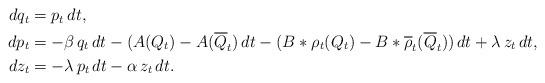
LaTeX: \begin{align*}\begin{aligned}dq_t&=p_t\,dt,\\dp_t&=-\beta\, q_t\,dt-(A(Q_t)-A(\overline{Q}_t)\,dt-(B\ast\rho_t(Q_t)-B\ast\overline{\rho}_t(\overline{Q}_t))\,dt+\lambda\,z_t\,dt,\\dz_t&=-\lambda\,p_t\,dt-\alpha\, z_t\,dt.\end{aligned}\end{align*}